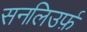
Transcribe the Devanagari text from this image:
सनलिउर्फ़